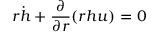
r \dot { h } + \frac { \partial } { \partial r } ( r h u ) = 0